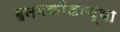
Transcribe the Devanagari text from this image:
हनमकोंडाच्या